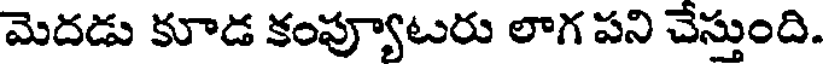
మెదడు కూడ కంప్యూటరు లాగ పని చేస్తుంది.